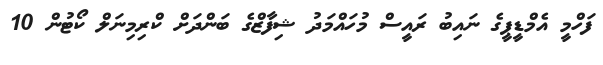
ފަހްމީ އެމްޑީޕީގެ ނައިބު ރައީސް މުހައްމަދު ޝިފާޒްގެ ބަންދަށް ކްރިމިނަލް ކޯޓުން 10